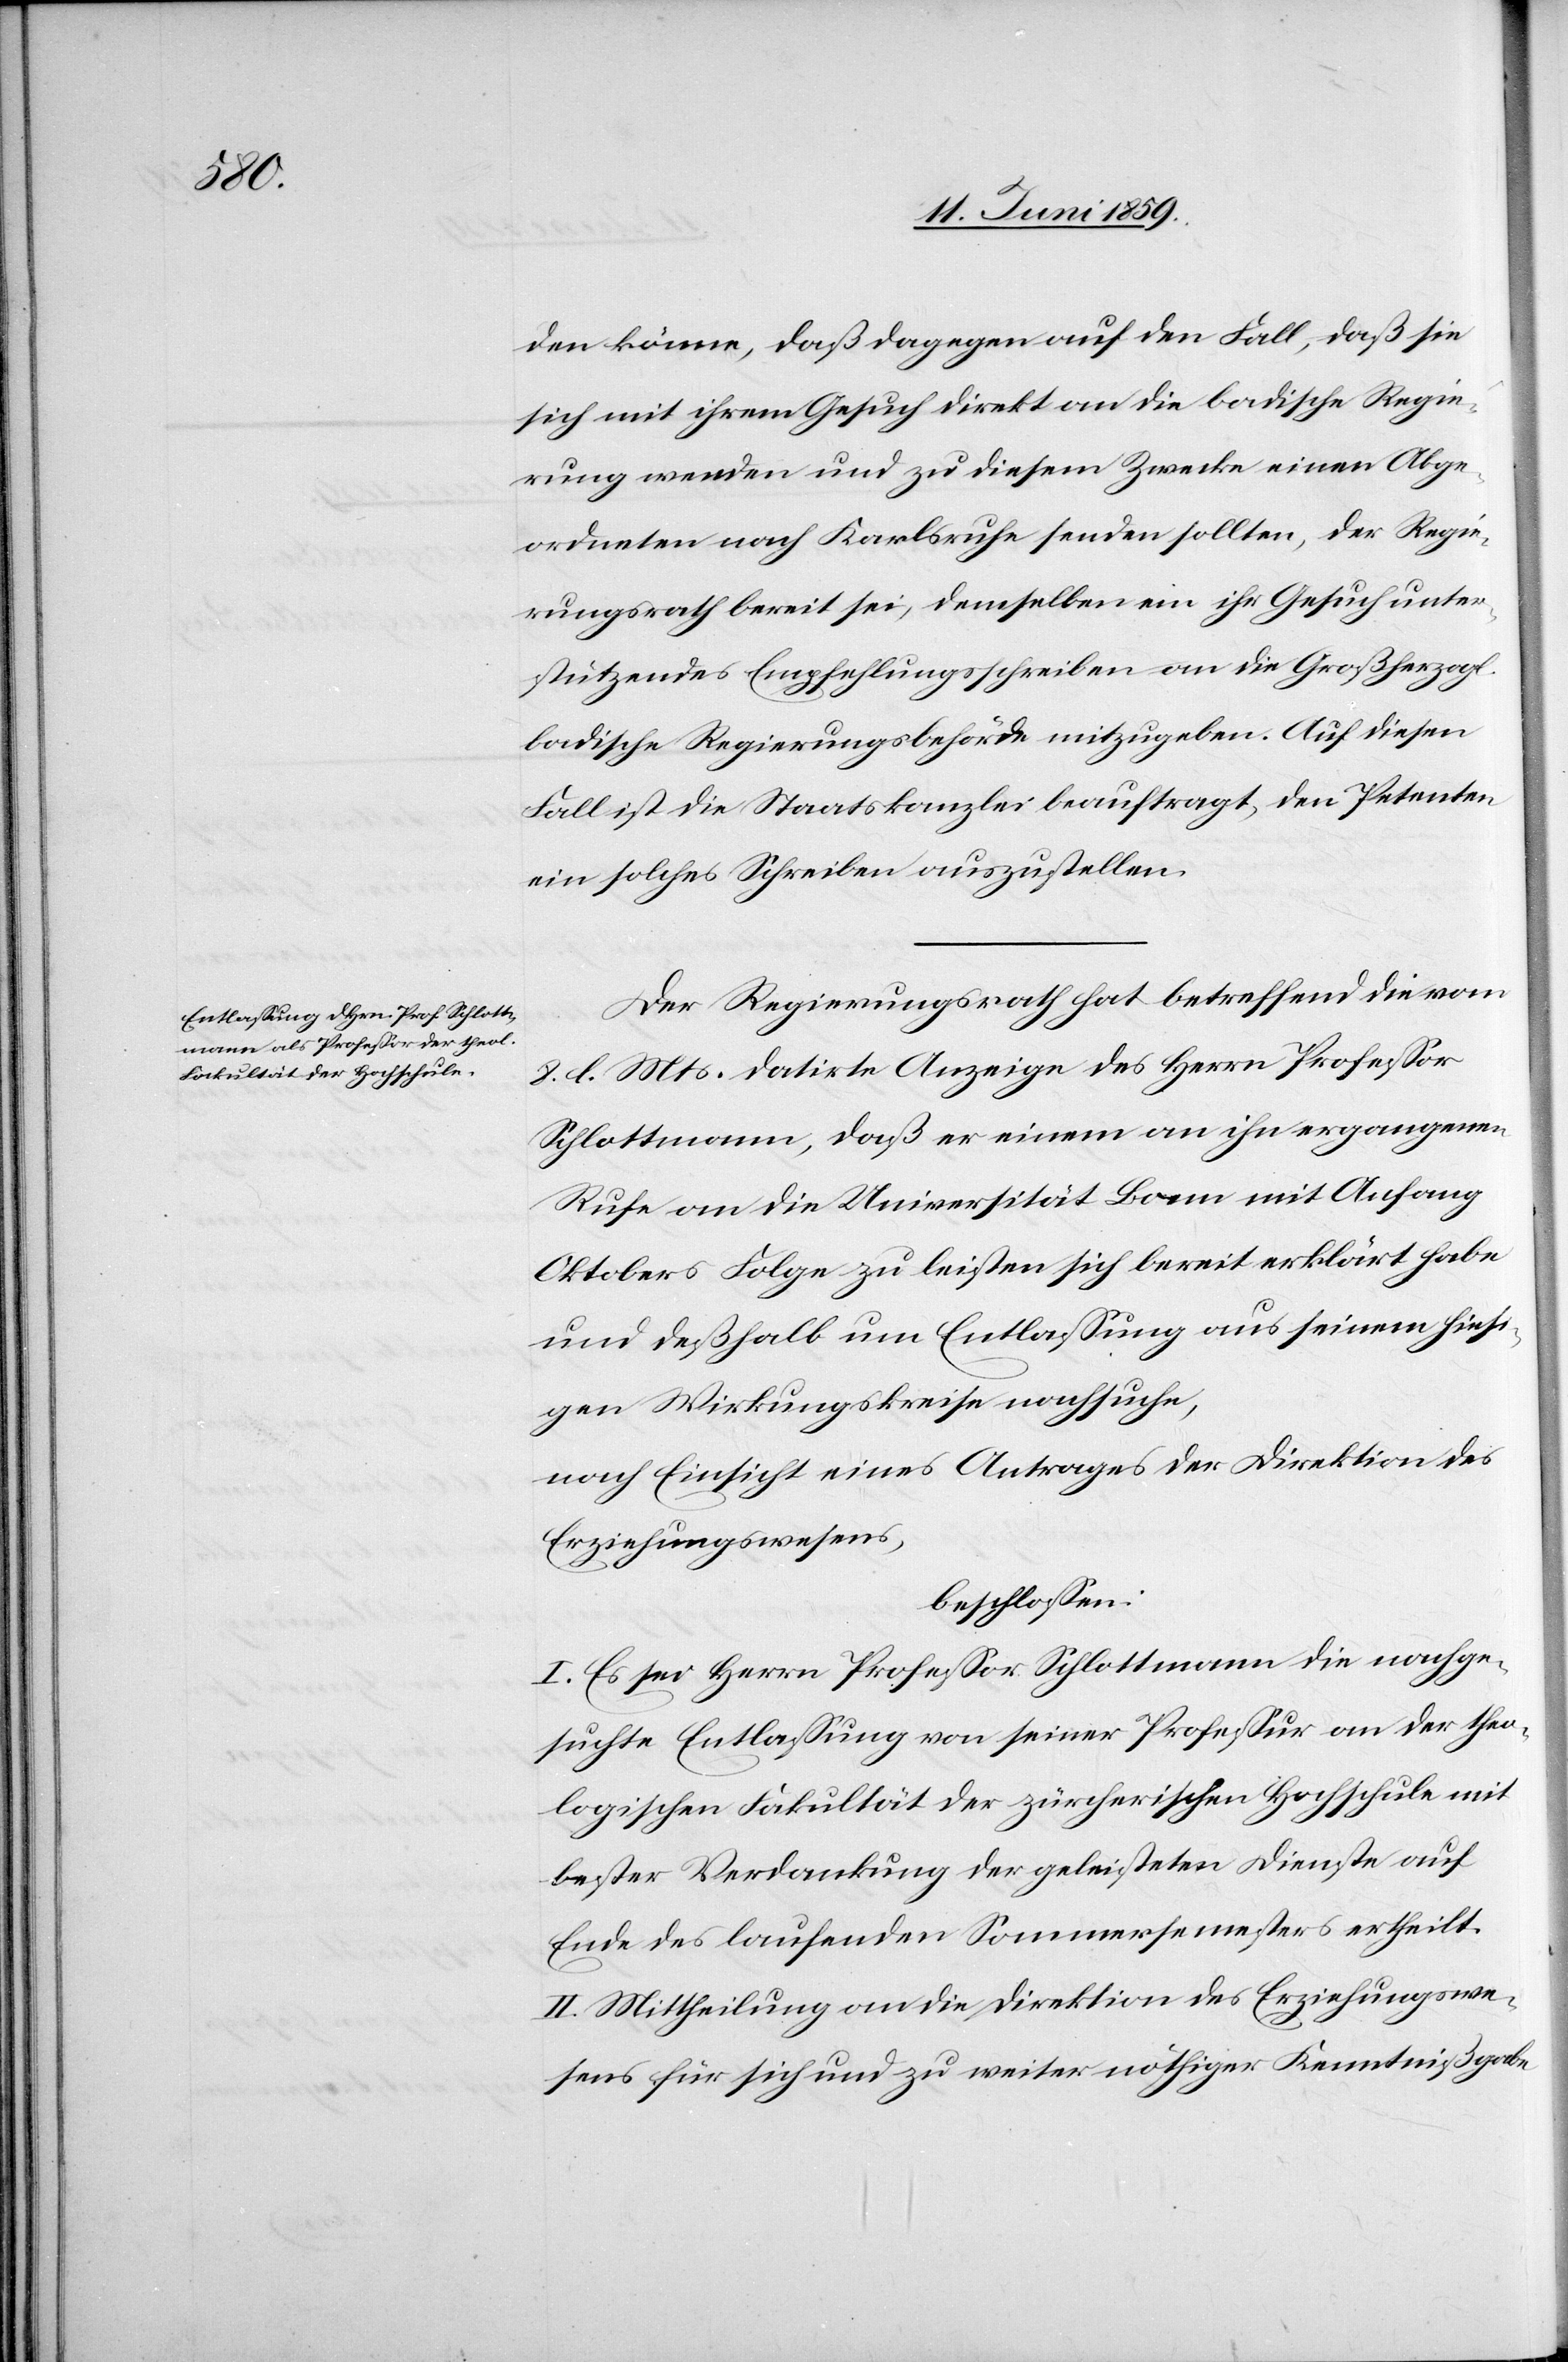
den könne, daß dagegen auf den Fall, daß sie
sich mit ihrem Gesuch direkt an die badische Regie¬
rung wenden und zu diesem Zwecke einen Abge¬
ordneten nach Karlsruhe senden sollten, der Regie¬
rungsrath bereit sei, demselben ein ihr Gesuch unter¬
stützendes Empfehlungsschreiben an die Großherzogl.
badische Regierungsbehörde mitzugeben. Auf diesen
Fall ist die Staatskanzlei beauftragt, den Petenten
ein solches Schreiben auszustellen.
Der Regierungsrath hat betreffend die vom
8. d. Mts. datirte Anzeige des Herrn Professor
Schlottmann, daß er einem an ihn ergangenen
Rufe an die Universität Bonn mit Anfang
Oktobers Folge zu leisten sich bereit erklärt habe
und deßhalb um Entlassung aus seinem hiesi¬
gen Wirkungskreise nachsuche,
nach Einsicht eines Antrages der Direktion des
Erziehungswesens,
beschlossen:
I. Es sei Herrn Professor Schlottmann die nachge¬
suchte Entlassung von seiner Professur an der theo¬
logischen Fakultät der zürcherischen Hochschule mit
bester Verdankung der geleisteten Dienste auf
Ende des laufenden Sommersemesters ertheilt.
II. Mittheilung an die Direktion des Erziehungswe¬
sens für sich und zu weiter nöthiger Kenntnißgabe